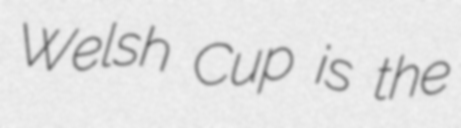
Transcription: Welsh Cup is the